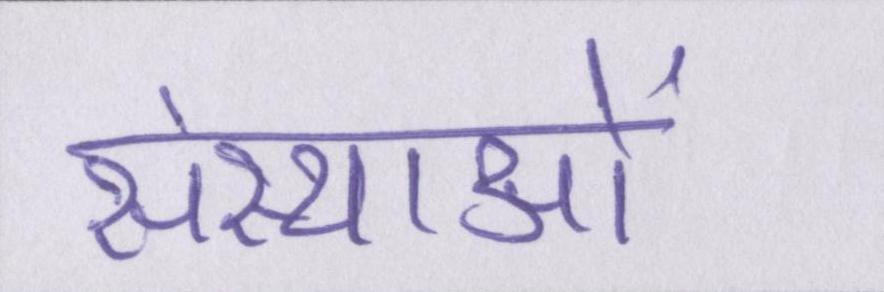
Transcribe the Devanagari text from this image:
संस्थाओं